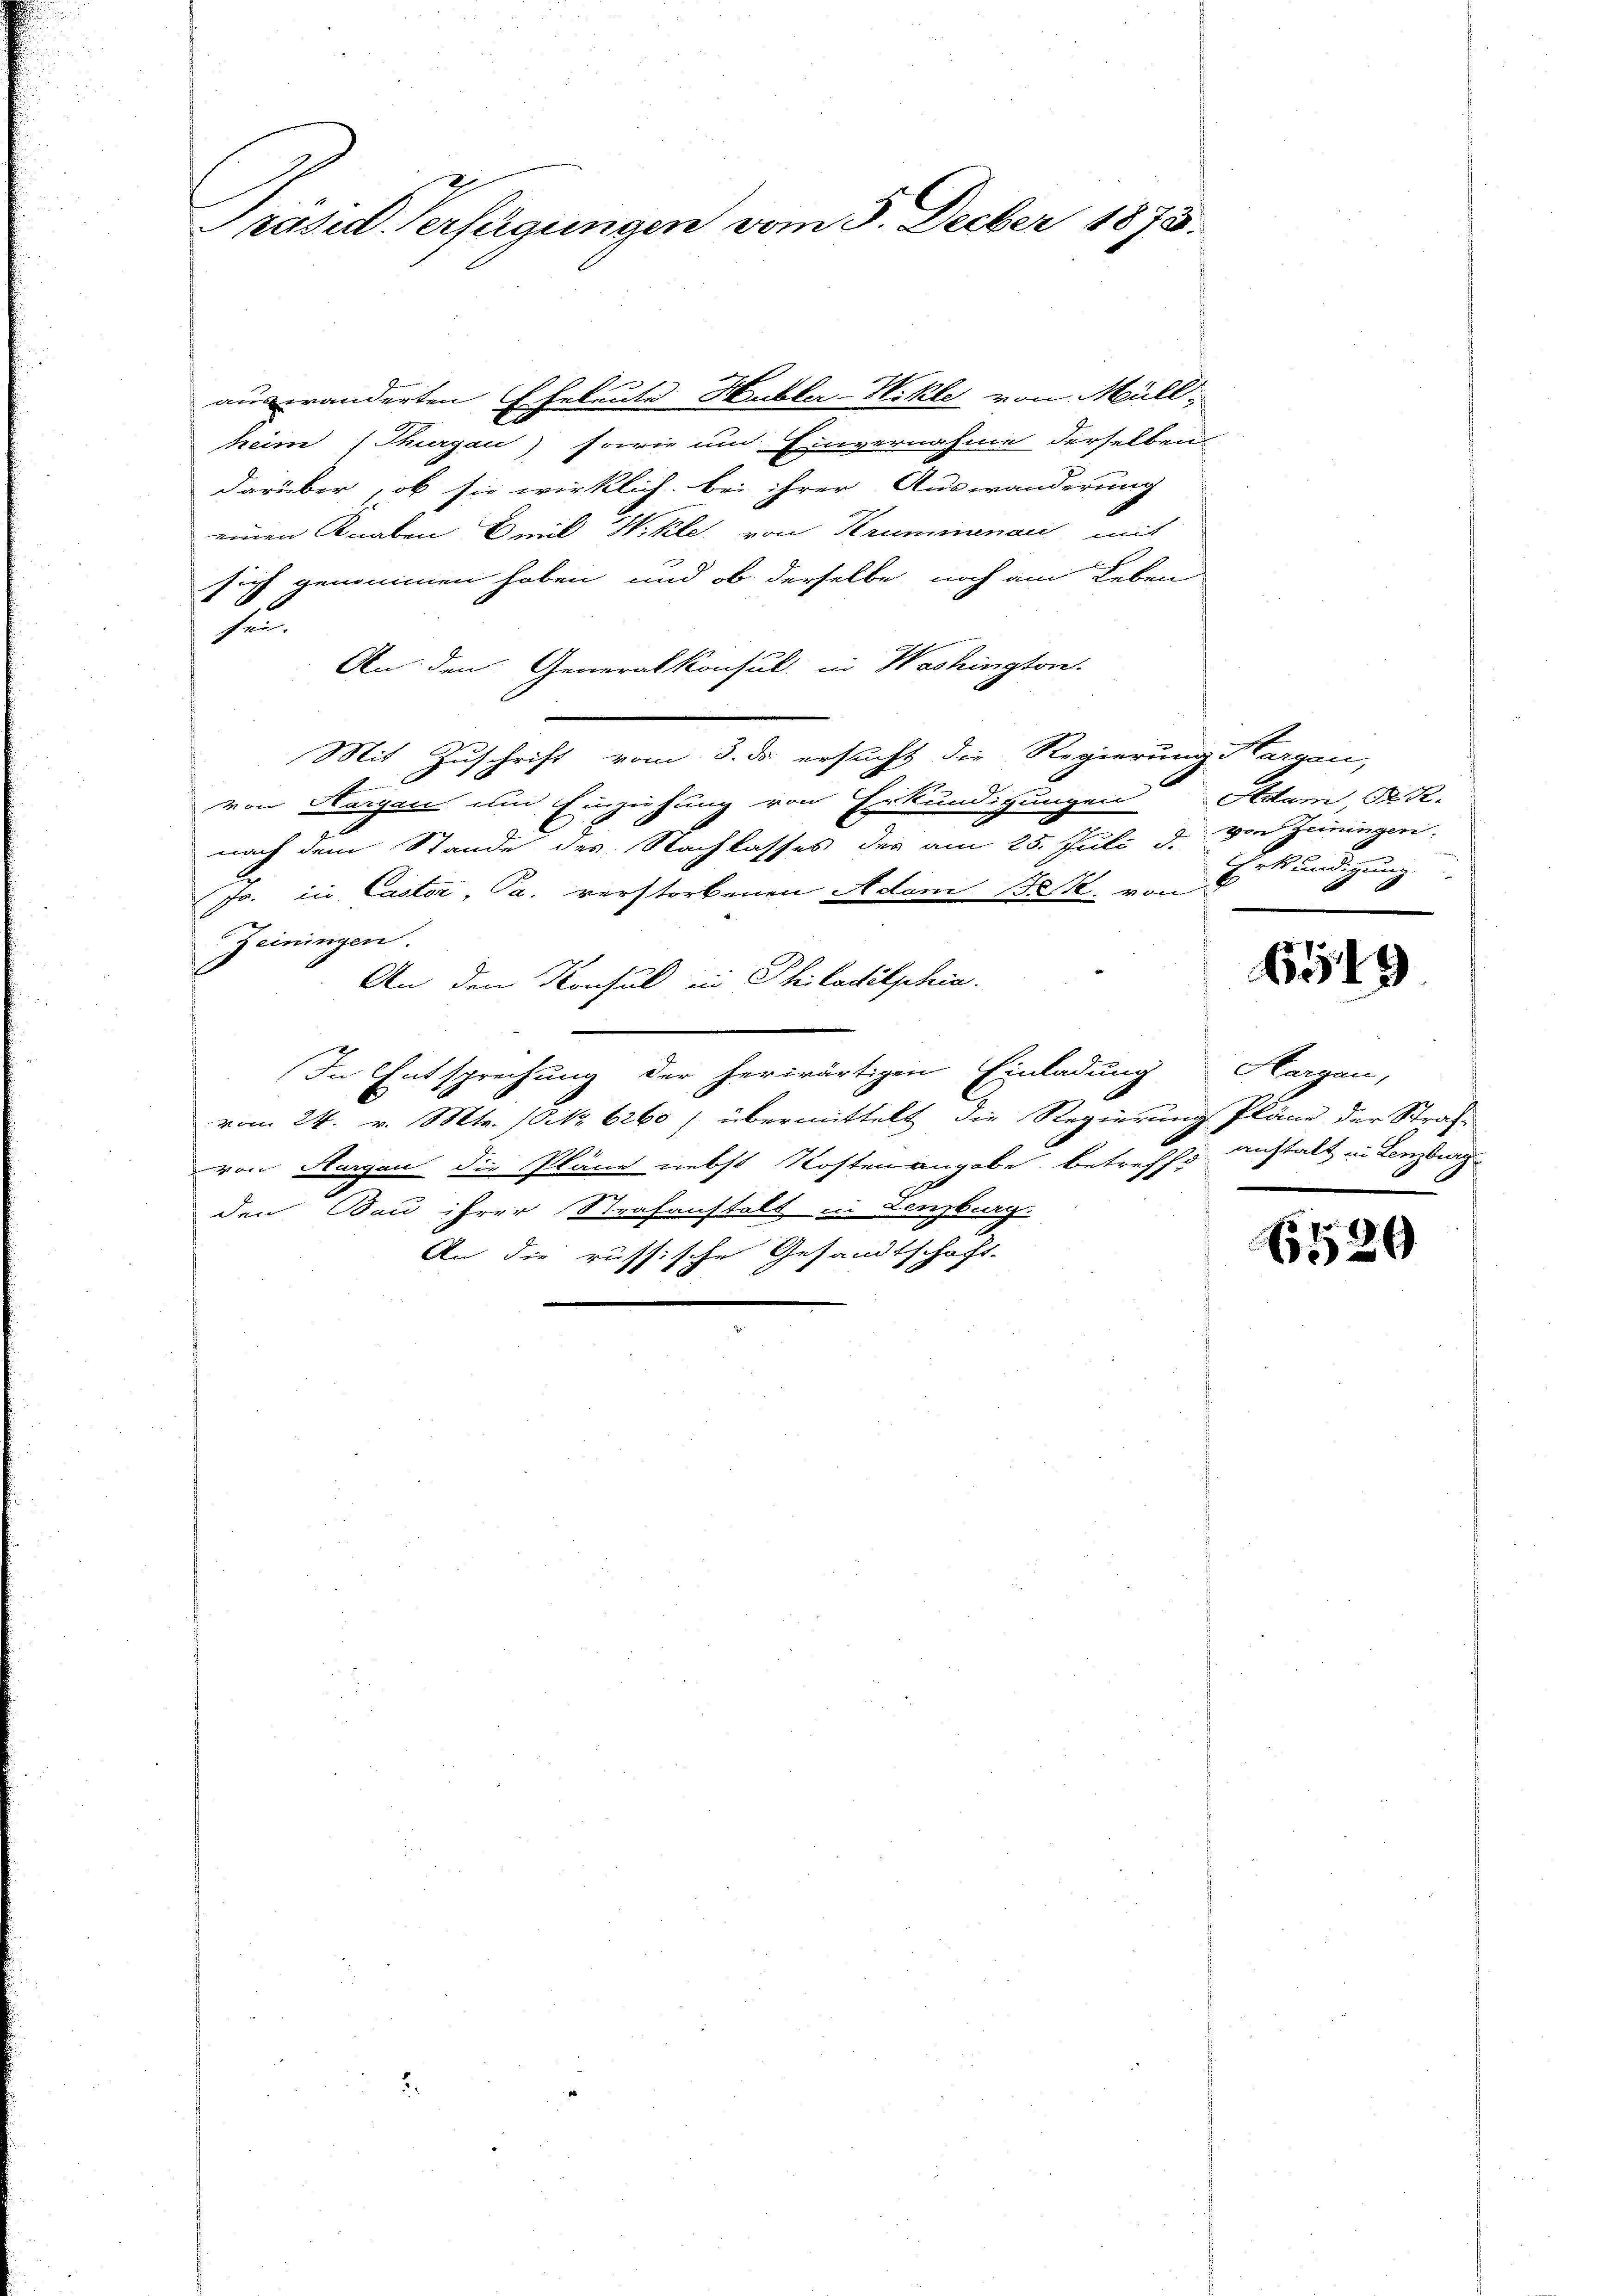
Präsid. Verfügungen vom 3. Decber 1873.

auseränderten Eheleute Hubler-Wikle von Müll
keim (Thurgau) sowie um Einvernahme derselben
darüber, ob sie wirklich bei ihrer Auswanderung
einen Knaben Emil Wikle von Krummunau mit
sich genommen haben und ob derselbe noch am Leben
sur
An den Generalkonsul in Washingtore
Mit Zuschrift vom 3. ds ersucht die Regierung Nargau,
n
E
von Aargau und Einziehung von Erkundigungen Adam, D. R.
nach dem Stande des Nachlasses des am 25. Juli d. von Jeningen,
Jr. in Caster, Pa. verstorbenen Adam Beste, von
Zeiningen.
An den Konsul in Philadelphia
In Entsprechung der herwärtigen Einladung Hargau,
vom 24. v. Mts. 10 No 6260 / übermittelt die Regierung Pläne der Straf-
von Margau die Pläne nebst Kosten angabe. Betreffe anstalt in Lenzburg
.
den Bau ihrer Strafanstalt in Lenzburg
An die russische Gesandtschaft.

Erkundigung

6519

6529